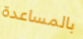
بالمساعدة